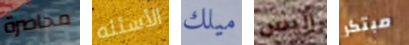
محاصرة الأسئله ميلك أليس مبتكر